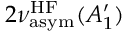
2 \nu _ { \mathrm { a s y m } } ^ { \mathrm { H F } } ( A _ { 1 } ^ { \prime } )